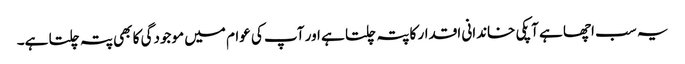
یہ سب اچھا ہے آپکی خاندانی اقدار کا پتہ چلتا ہے اور آپ کی عوام میں موجودگی کا بھی پتہ چلتا ہے۔